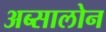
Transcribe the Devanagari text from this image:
अब्सालोन